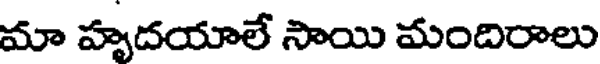
మా హృదయాలే సాయి మందిరాలు